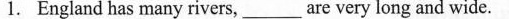
1. England has many rivers,___ are very long and wide.